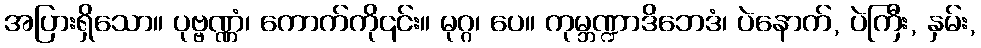
အပြားရှိသော။ ပုဗ္ဗဏ္ဏံ၊ ကောက်ကို၎င်း။ မုဂ္ဂ၊ ပေ။ ကုမ္ဘဏ္ဍာဒိဘေဒံ၊ ပဲနောက်, ပဲကြီး, နှမ်း,